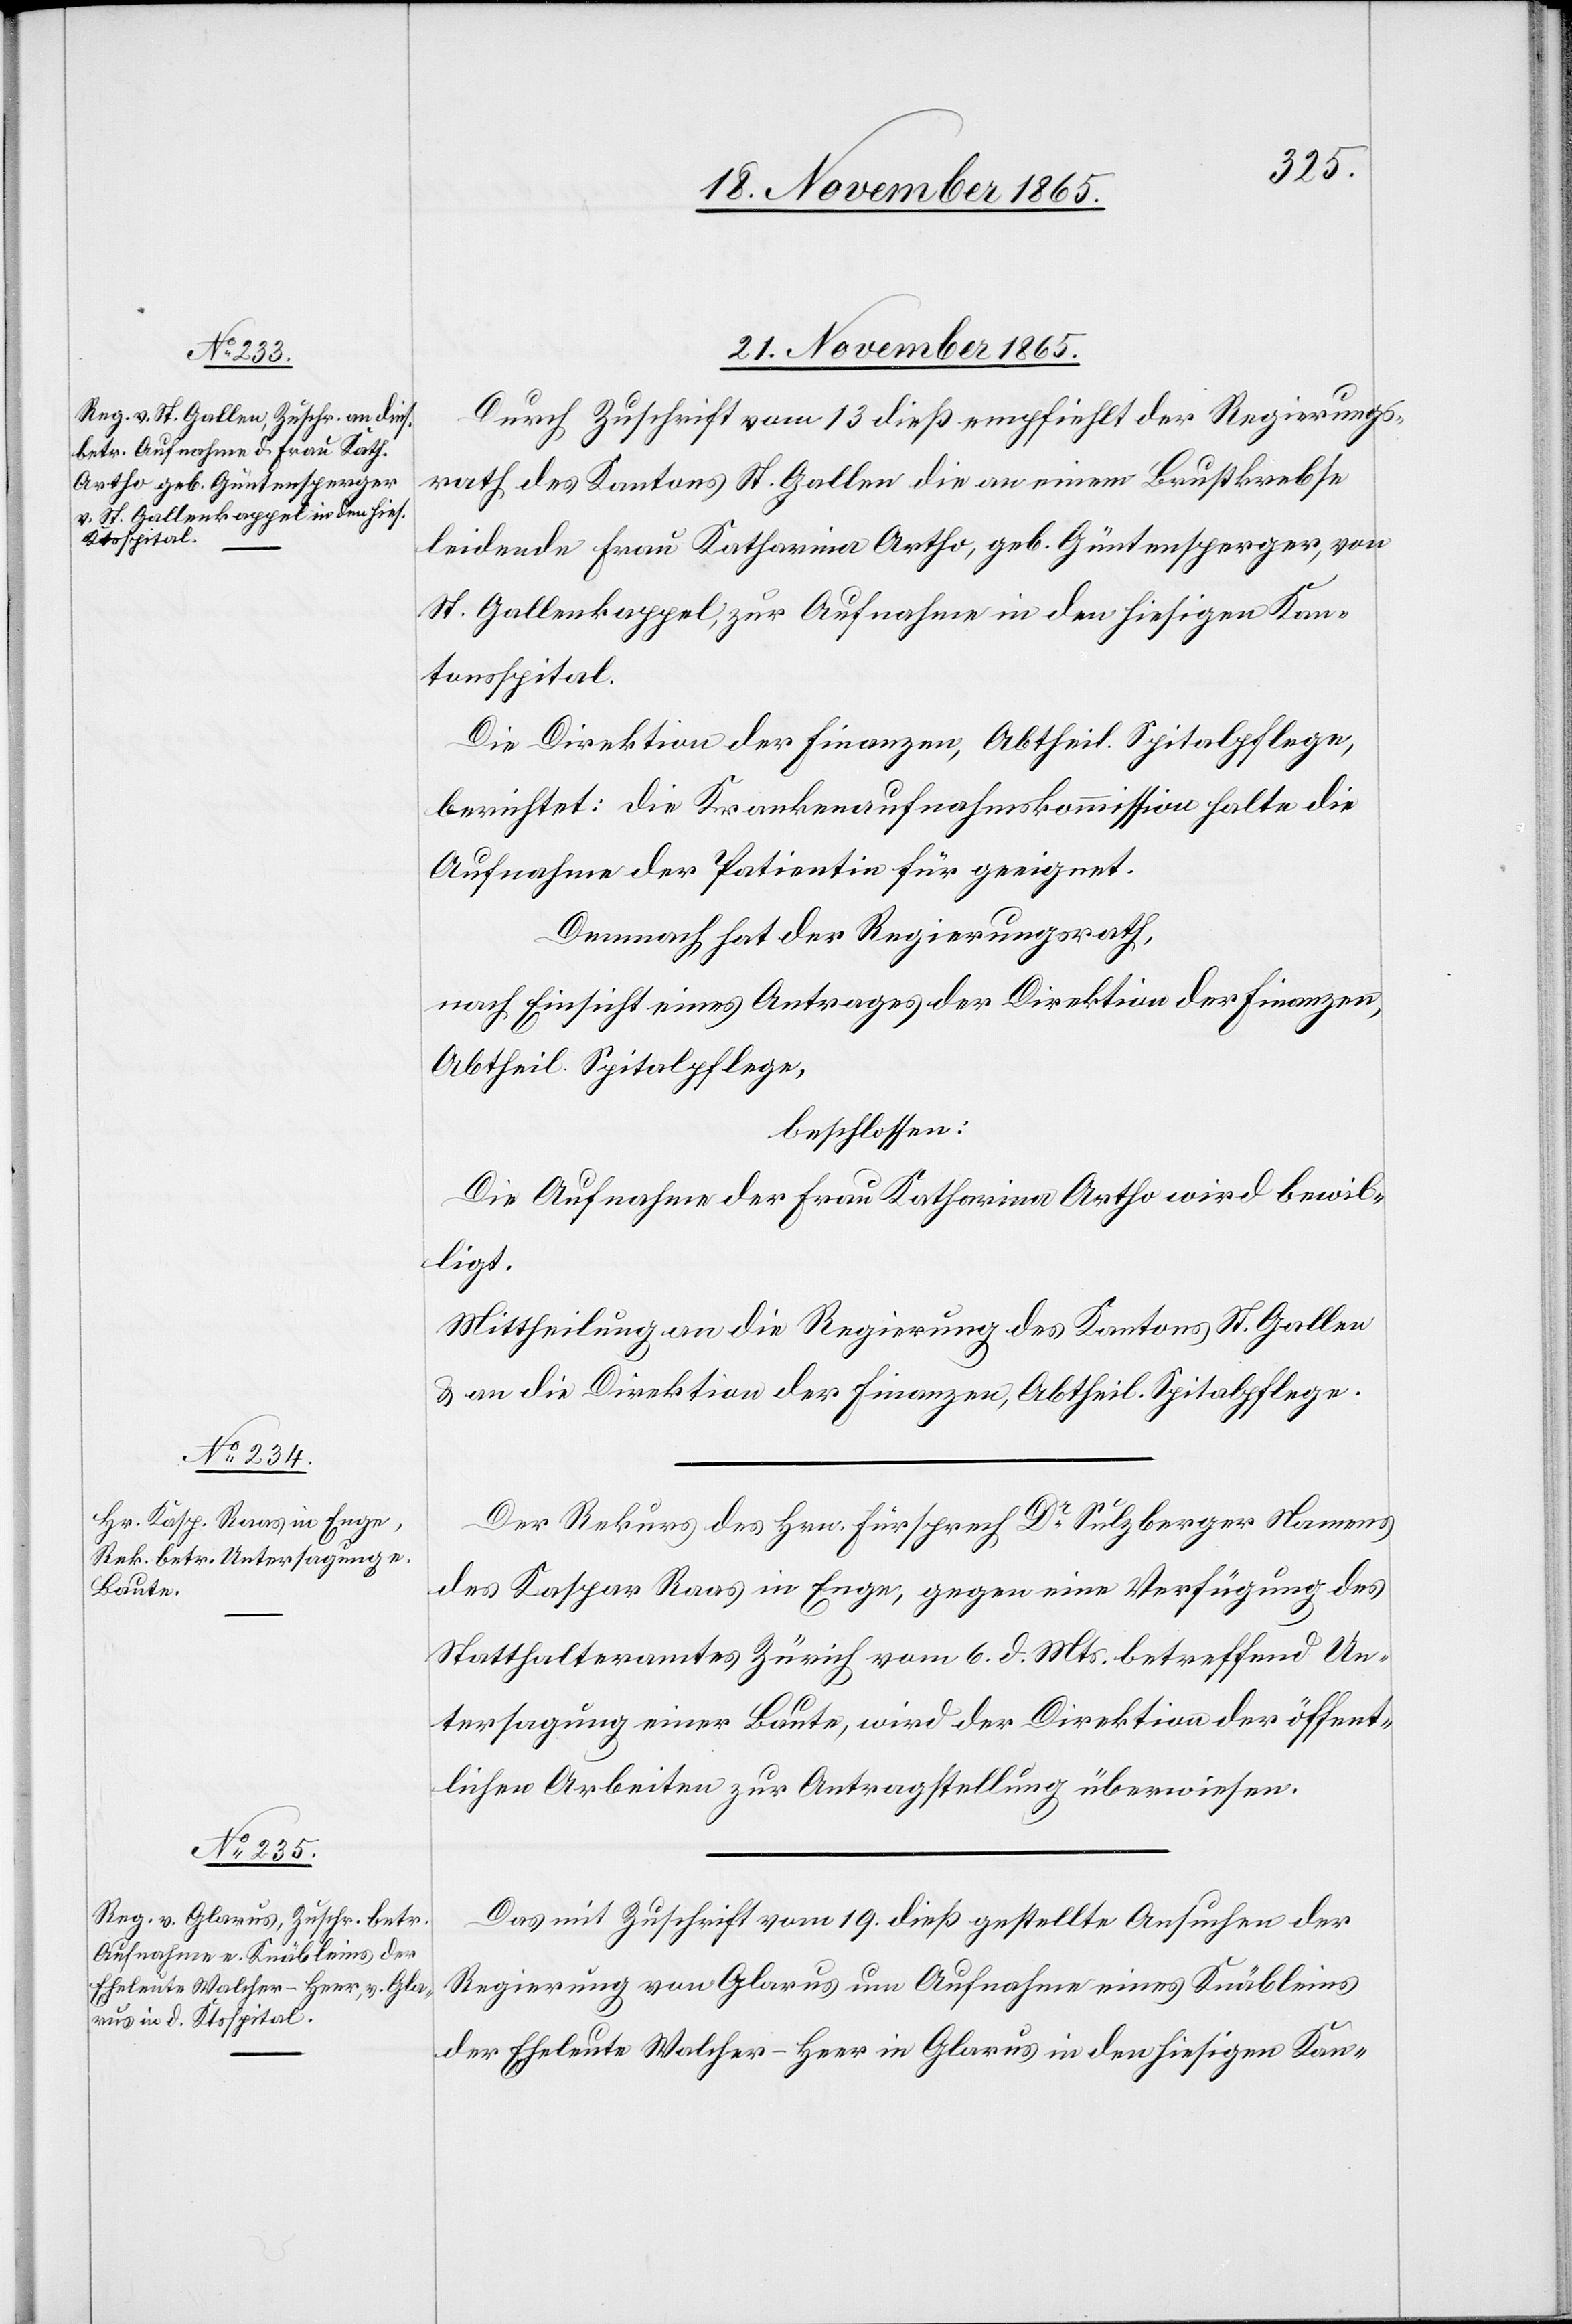
21. November 1865.]
Durch Zuschrift vom 13[.] dieß empfiehlt der Regierungs¬
rath des Kantons St. Gallen die an einem Brustkrebse
leidende Frau Katharina Artho, geb. Güntensperger, von
St. Gallenkappel, zur Aufnahme in den hiesigen Kan¬
tonsspital.
Die Direktion der Finanzen, Abtheil. Spitalpflege,
berichtet: Die Krankenaufnahmskommission halte die
Aufnahme der Patientin für geeignet.
Demnach hat der Regierungsrath,
nach Einsicht eines Antrages der Direktion der Finanzen,
Abtheil. Spitalpflege,
beschlossen:
Die Aufnahme der Frau Katharina Artho wird bewil¬
ligt.
Mittheilung an die Regierung des Kantons St. Gallen
& an die Direktion der Finanzen, Abtheil. Spitalpflege.
Der Rekurs des Hrn. Fürsprech Dr Sulzberger Namens
des Kaspar Raas in Enge, gegen eine Verfügung des
Statthalteramtes Zürich vom 6. d. Mts. betreffend Un¬
tersagung einer Baute, wird der Direktion der öffent¬
lichen Arbeiten zur Antragstellung überwiesen.
Das mit Zuschrift vom 19. dieß gestellte Ansuchen der
Regierung von Glarus um Aufnahme eines Knäbleins
der Eheleute Walcher-Heer in Glarus in den hiesigen Kan-